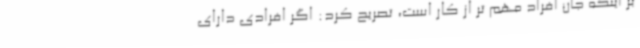
بر اینکه جان افراد مهم تر از کار است، تصریح کرد: اگر افرادی دارای